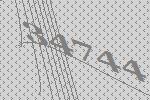
34744